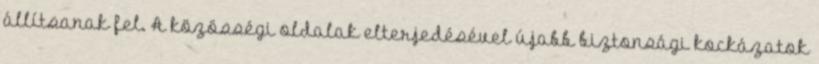
állítsanak fel. A közösségi oldalak elterjedésével újabb biztonsági kockázatok